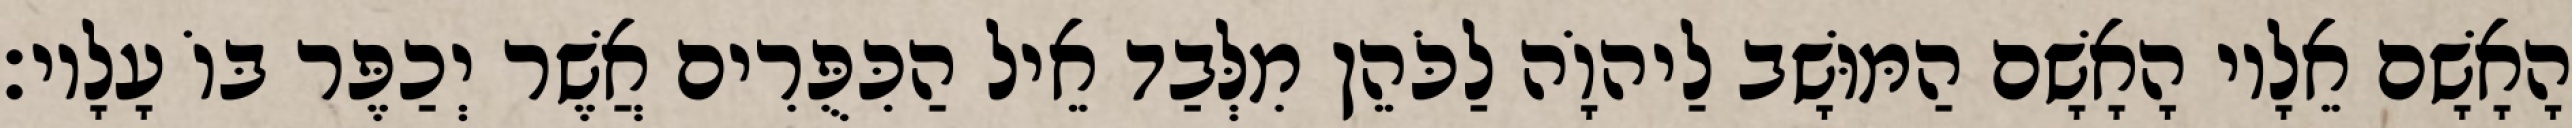
הָאָשָׁם אֵלָיו הָאָשָׁם הַמּוּשָׁב לַיהוָֹה לַכֹּהֵן מִלְּבַד אֵיל הַכִּפֻּרִים אֲשֶׁר יְכַפֶּר בּוֹ עָלָיו׃